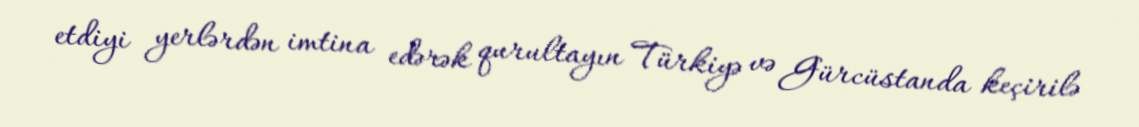
etdiyi yerlərdən imtina edərək qurultayın Türkiyə və Gürcüstanda keçirilə